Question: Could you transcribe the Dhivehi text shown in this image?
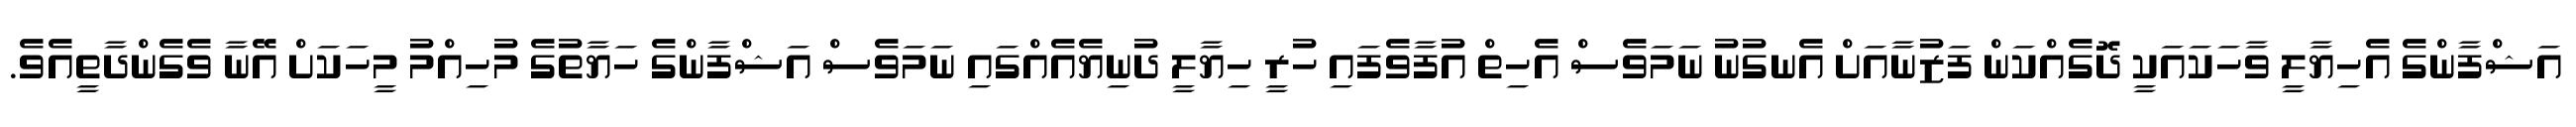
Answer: އަޝްފާންގެ އެހިޔާލީ ވާހަކައަކީ ދޮގެއްކަން ފަޒުނާއަށް އެނގުނު ނަމަވެސް އެހިތް އުފާވެފައި ހުރީ ހިޔާލީ ދުނިޔެއެއްގައި ނަމަވެސް އަޝްފާންގެ ހަޔާތުގެ މުހިއްމު މީހަކަށް އޭނާ ވެގެންދާތީއެވެ.